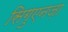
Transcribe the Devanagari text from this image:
सिगुएनज़ा